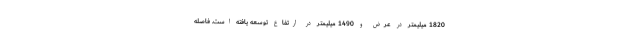
1820 میلیمتر در عرض و 1490 میلیمتر در ارتفاع توسعه یافته است. فاصله